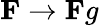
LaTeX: \mathbf{F}\rightarrow\mathbf{F}g